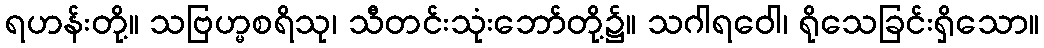
ရဟန်းတို့။ သဗြဟ္မစရိသု၊ သီတင်းသုံးဘော်တို့၌။ သဂါရဝေါ၊ ရိုသေခြင်းရှိသော။